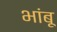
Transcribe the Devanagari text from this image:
भांबू